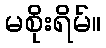
မစိုးရိမ်။